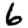
Digit: 6